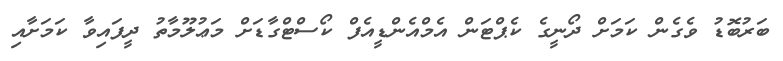
ބަރުބޮޑު ވެގެން ކަމަށް ދޯނީގެ ކެޕްޓަން އެމްއެންޑީއެފް ކޯސްޓްގާޑަށް މަޢުލޫމާތު ދީފައިވާ ކަމަށާއި